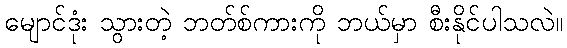
မျောင်ဒုံး သွားတဲ့ ဘတ်စ်ကားကို ဘယ်မှာ စီးနိုင်ပါသလဲ။